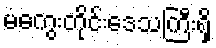
မကွေးတိုင်းဒေသကြီးရှိ